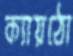
ক্যায়ঠো